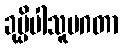
ခုပ္ပိပါသူပဂတာ